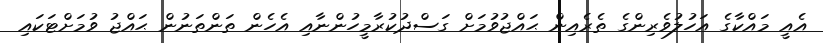
އެއީ މައްކާގެ އަހުލުވެރިންގެ ތެރެއިން ޙައްޖުވުމަށް ގަސްދުކުރާމީހުންނާއި އެހެން ތަންތަނުން ޙައްޖު ވުމަށްޓަކައި